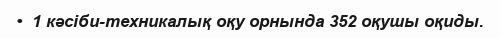
•  1 кәсіби-техникалық оқу орнында 352 оқушы оқиды.